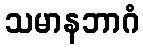
သမာနဘာဂံ